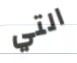
التي